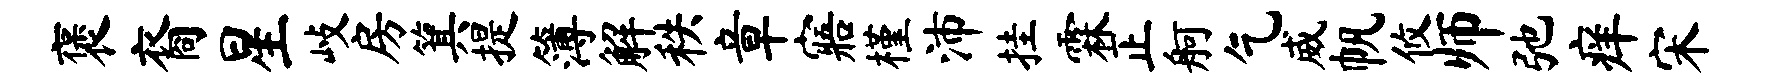
褒裔星歧房箕提簿解秩章寤槿沛挂霖正舸乞威帆攸师弛痒宋